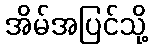
အိမ်အပြင်သို့